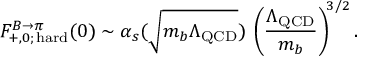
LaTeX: F _ { + , 0 ; \, \mathrm { h a r d } } ^ { B \to \pi } ( 0 ) \sim \alpha _ { s } ( \sqrt { m _ { b } \Lambda _ { \mathrm { Q C D } } } ) \, \left( \frac { \Lambda _ { \mathrm { Q C D } } } { m _ { b } } \right) ^ { \! 3 / 2 } .